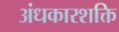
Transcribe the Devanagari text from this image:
अंधकारशक्ति